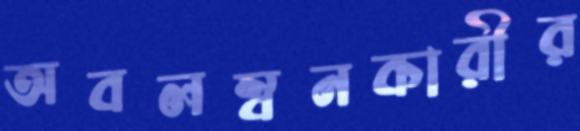
অবলম্বনকারীর